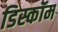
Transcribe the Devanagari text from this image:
डिस्कॉम